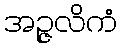
အဉ္ဇလိကံ